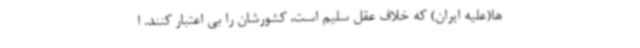
ها(علیه ایران) که خلاف عقل سلیم است، کشورشان را بی اعتبار کنند. ا